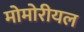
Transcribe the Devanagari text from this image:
मोमोरीयल